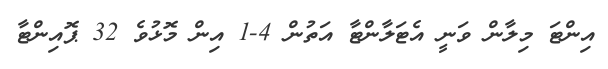
އިންޓަ މިލާން ވަނީ އެޓަލާންޓާ އަތުން 4-1 އިން މޮޅުވެ 32 ޕޮއިންޓާ